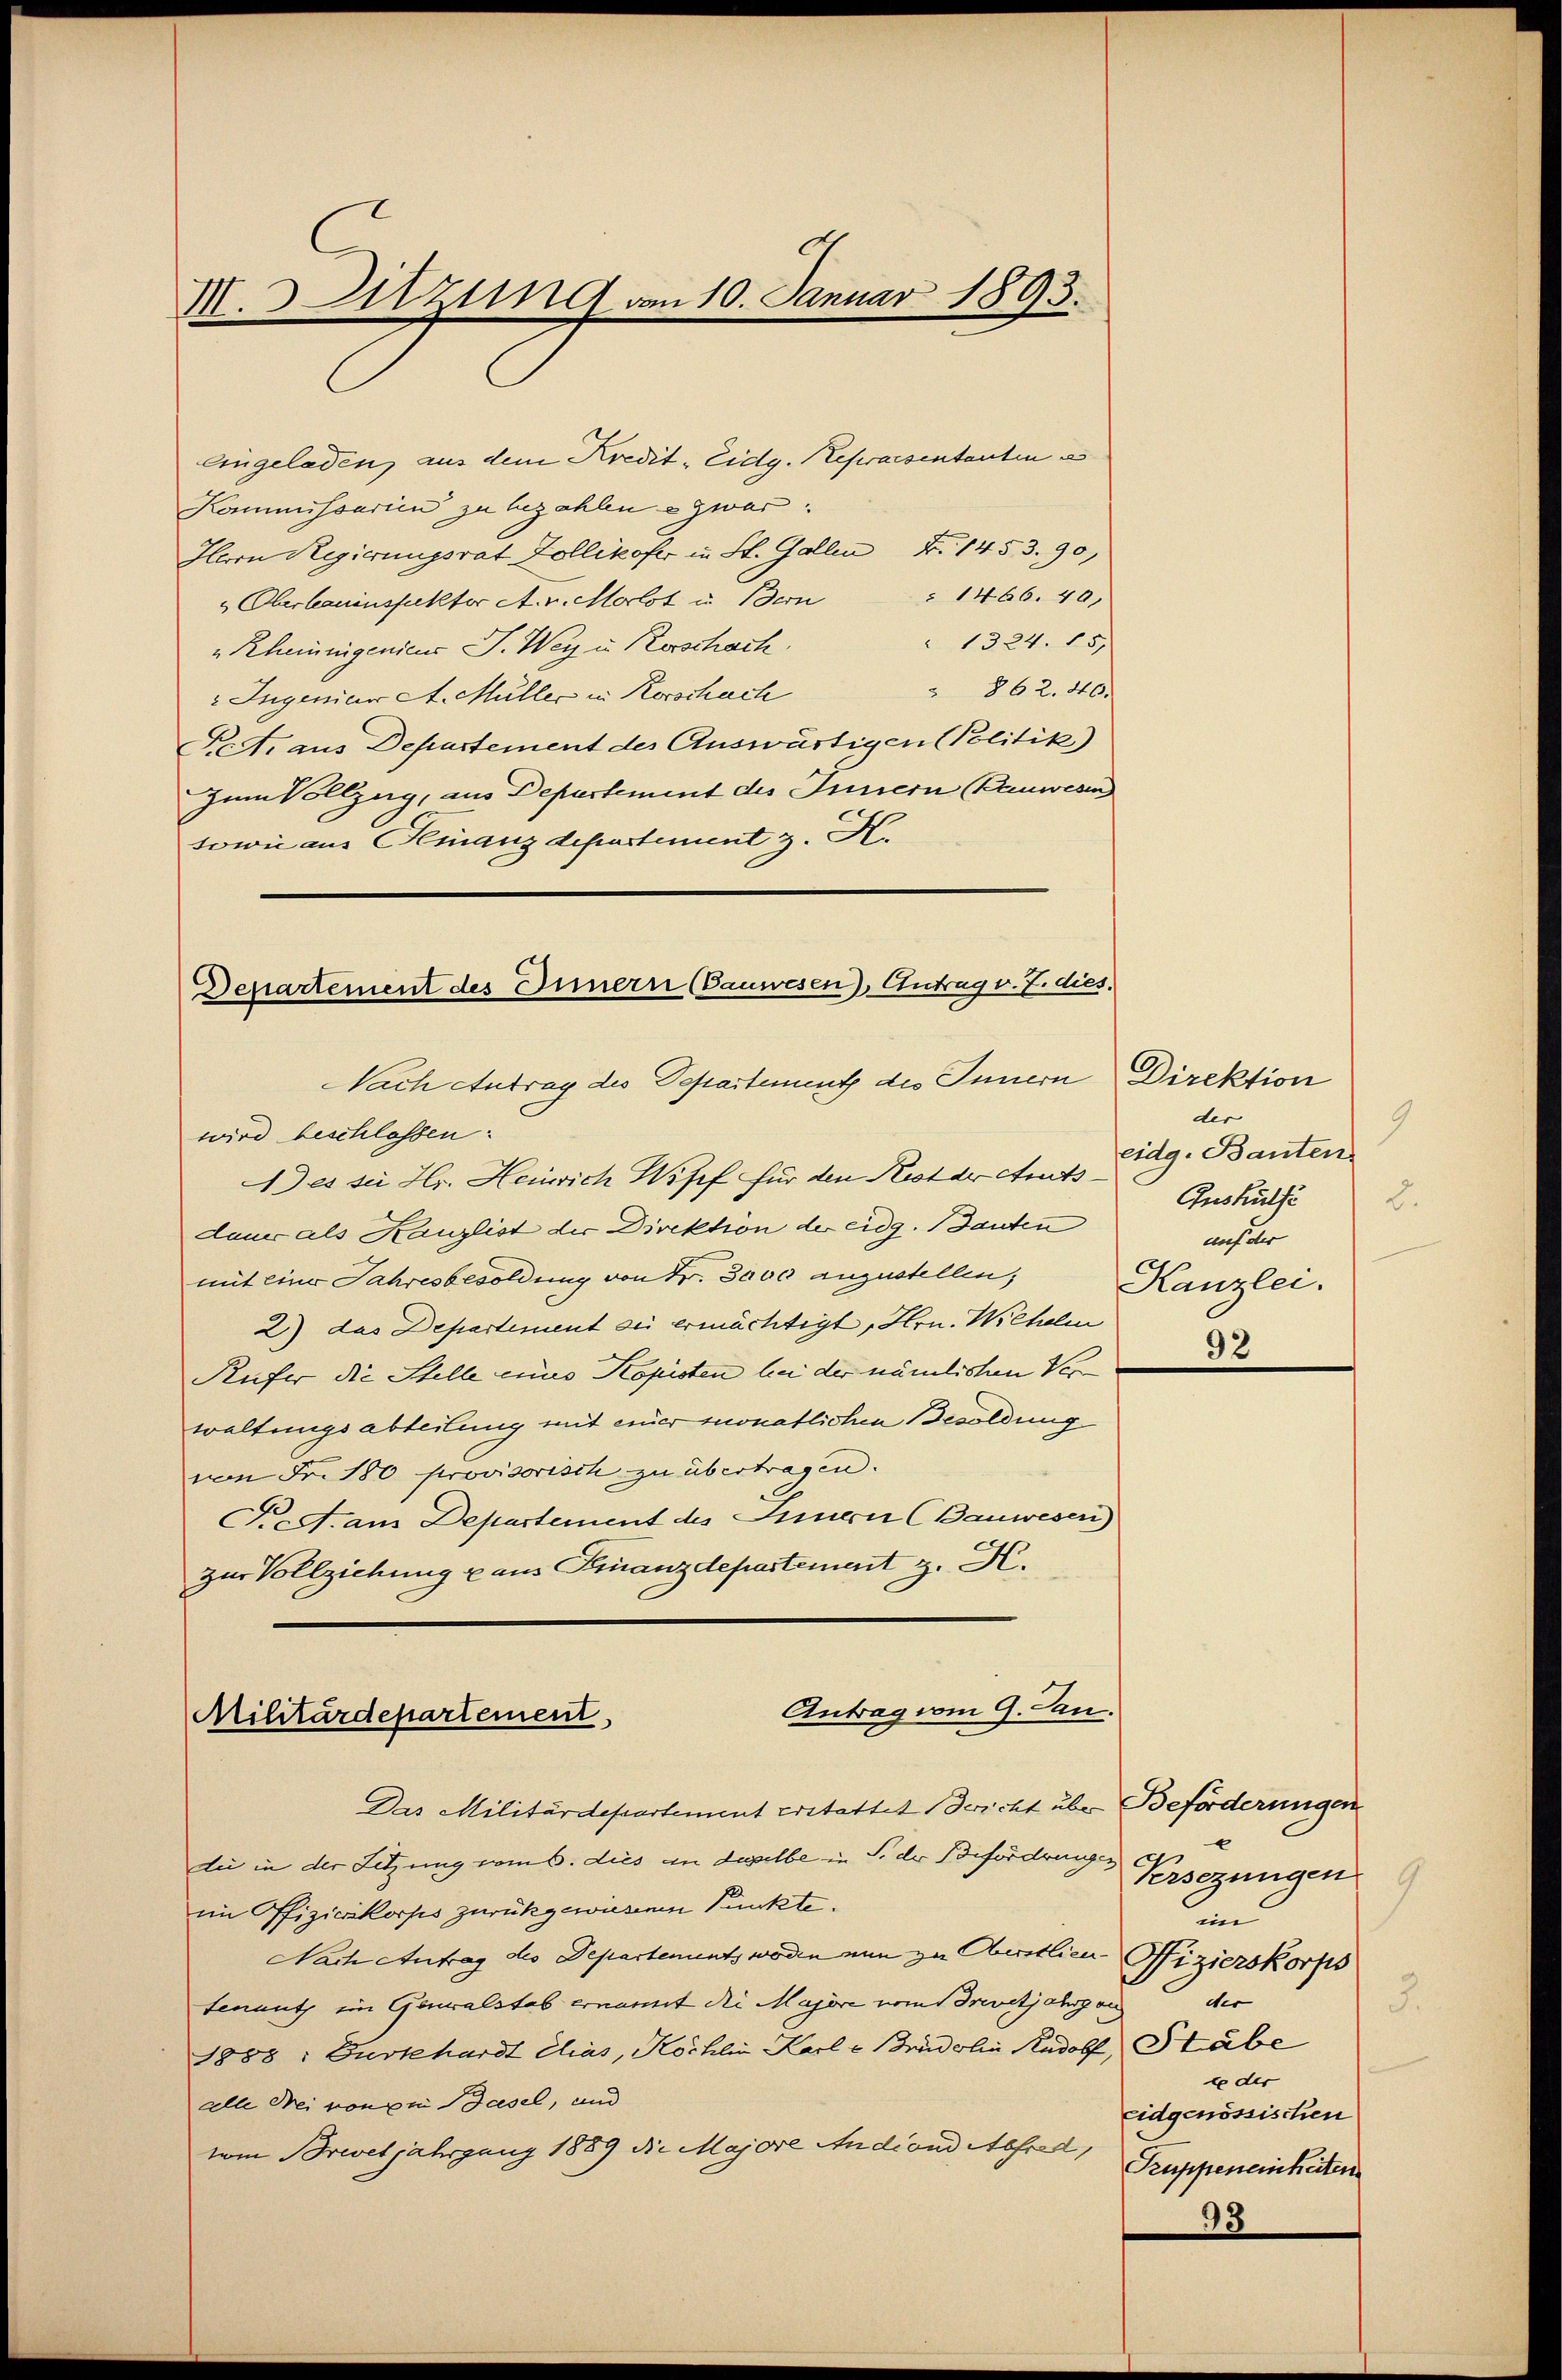
I.Sitzung am 10. Januar 1893.

eingeladen, aus dem Kredit - Eidg. Repraesentanten e
Kommissarien zu bezahlen u zwar:
Herrn Regierungsrat Zollikofer in St. Gallen F. 1453. 90,
" Oberbauinsfaktor A. v. Morlot u. Bern 1466. 40,
 1324. 15.
"Rheinigenicus J. Weg u. Rorschach.
 862. 40.
" Ingenius A. Müller in Korschach
Pr. Araus Departement des Auswärtigen Politik)
Zum Vollzug, aus Departement des Innern Bauwesen
sowie aus einanzdepartement z. H.

Departement des Innern (Bauwesen Antrag v. 7. dies
Nach Antrag des Departement des Innern

wird beschlossen:
Aes sei Hr. Heinrich Wisef für den Rest der Amtsdaun als Kanzlist der Direktion der eidg. Bauten
mit einer Jahresbesoldung von Fr. 3000 anzustellen;
2) das Departement sei ermächtigt, Hrn. Weheli
Rufer die Stelle eines Kopisten bei der nämlichen Verwaltungsabteilung mit einer monatlichen Besoldung
von Fr. 180 provisorisch zu übertragen.
Pett. am Departement des Innern (Bauwesen)
zur Vollziehung aus Finanzdepartement z. H.

Antrag vom 9. Jan.
Militärdepartement

Das Militärdepartement erstattet Bericht über Beförderungen
die in der Setzung vom 6. dies an daselbe in S. der Befordrungen
im Offizierikorps zurückgewesenen Punkte.
Nach Antrag des Departements worden nun zu Austlieu Pfizierskorps
tenant im Generalstab ernannt die Majore vom revetjahrgan
1858: Gurtehardt Chias, Köchlin Karl u Brudelin Rudolf Stäbe
alle drei von zu Basel, und
vom Brevetjahrgang 1889 die Majore Andiond Alfred,

Direktion
der
9
eidg. Bauten
Auskulfe
2.
auf der
Kanzlei.
92

93

Versezungen
9
in
des
5
eder
eidgenössischen
Kruppeneinheiten